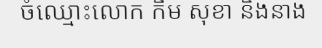
ចំឈ្មោះលោក កឹម សុខា និងនាង